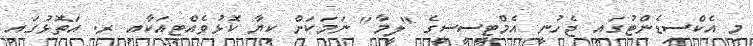
މި އެކްސިޑެންޓުގައި ޖެހުނީ އެމްޓީސީސީގެ "ލީމާ" ނަމަކަށް ކިޔާ ކޮޅުވެއްޓިއަކާއި ރ. އަތޮޅުގައި